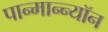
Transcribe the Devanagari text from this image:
पान्मान्न्यॉन